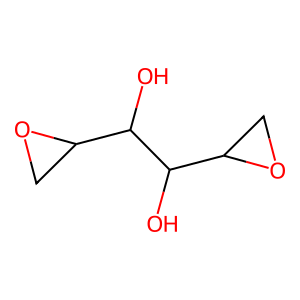
SMILES: OC(C1CO1)C(O)C1CO1
Inhibits HIV replication: No